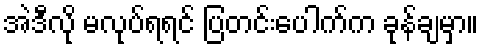
အဲဒီလို မလုပ်ရရင် ပြတင်းပေါက်က ခုန်ချမှာ။